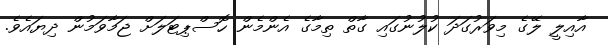
އާއިލީ ލޭގެ މިވަރުގަދަ ކުލުނުގައި ގާތް ތިމާގެ އެންމެން ހޮސްޕިޓަލަށް ޖަމާވަމުން ދިޔައެވެ.